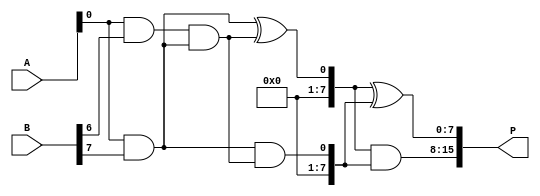
module AdaptiveWallaceTreeMultiplier #(parameter N = 8) (
    input  [N-1:0] A,
    input  [N-1:0] B,
    output [2*N-1:0] P
);

    // Partial product generation
    wire [N-1:0] pp [0:N-1]; // Partial products

    genvar i, j;
    generate
        for (i = 0; i < N; i = i + 1) begin : pp_gen
            assign pp[i] = A & {N{B[i]}}; // ANDing A with each bit of B
        end
    endgenerate

    // Wallace tree reduction
    wire [N-1:0] sum [0:N-1]; // Sums at each level
    wire [N-1:0] carry [0:N-1]; // Carries at each level
    wire [N-1:0] final_sum, final_carry;

    // Initial layer of reduction (first half adders and full adders)
    generate
        for (i = 0; i < N; i = i + 1) begin : reduction_layer
            if (i < N-1) begin
                // Half adder for the first two bits
                if (i % 2 == 0) begin
                    assign sum[i] = pp[i][0] ^ pp[i+1][0];
                    assign carry[i] = pp[i][0] & pp[i+1][0];
                end else begin
                    assign sum[i] = pp[i][0] ^ pp[i-1][0] ^ carry[i-1];
                    assign carry[i] = (pp[i][0] & pp[i-1][0]) | (carry[i-1] & (pp[i][0] ^ pp[i-1][0]));
                end
            end else begin
                assign sum[i] = pp[i][0] ^ carry[i-1];
                assign carry[i] = pp[i][0] & carry[i-1];
            end
        end
    endgenerate

    // Final addition (using a simple ripple carry adder)
    assign final_sum = sum[N-1] ^ carry[N-1];
    assign final_carry = sum[N-1] & carry[N-1];

    // Output assignment
    assign P = {final_carry, final_sum};

endmodule